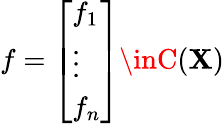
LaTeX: f={\left[\begin{array}{l}{f_{1}}\\ {\vdots}\\ {f_{n}}\end{array}\right]}\inC(\mathbf{X})